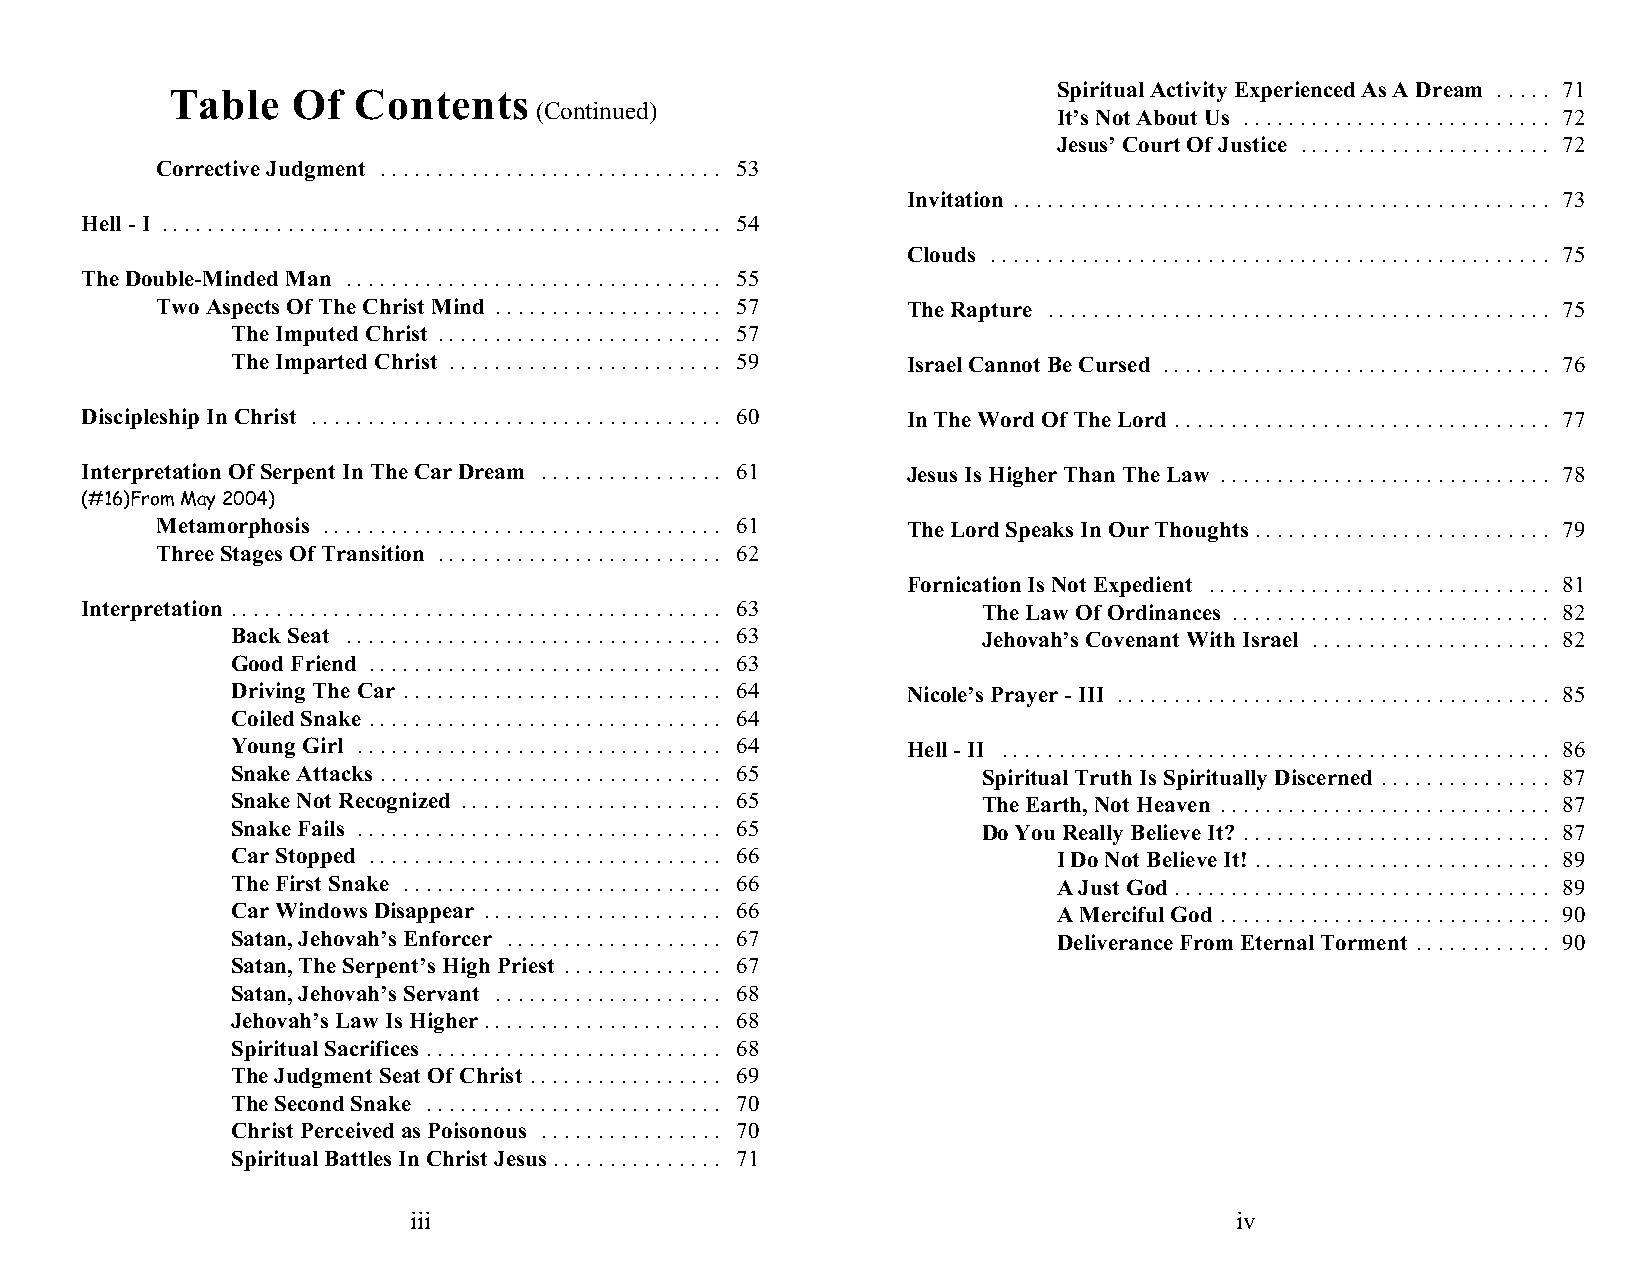
Table   Of  Contents                                       Spiritual Activity Experienced As A Dream ..... 71
 (Continued)
 It’s Not About Us ........................... 72
 Jesus’ Court Of Justice ...................... 72
 Corrective Judgment .............................. 53
 Invitation ............................................... 73
 Hell - I ................................................. 54
 Clouds ................................................. 75
 The Double-Minded Man ................................. 55
 Two Aspects Of The Christ Mind .................... 57 The Rapture ............................................ 75
 The Imputed Christ ......................... 57
 The Imparted Christ ........................ 59 Israel Cannot Be Cursed .................................. 76
 Discipleship In Christ .................................... 60 In The Word Of The Lord ................................. 77
 Interpretation Of Serpent In The Car Dream ................ 61 Jesus Is Higher Than The Law ............................. 78
 (#16)From May 2004)
 Metamorphosis ................................... 61 The Lord Speaks In Our Thoughts .......................... 79
 Three Stages Of Transition ......................... 62
 Fornication Is Not Expedient .............................. 81
 Interpretation ........................................... 63 The Law Of Ordinances ............................ 82
 Back Seat ................................. 63    Jehovah’s Covenant With Israel ..................... 82
 Good Friend ............................... 63
 Driving The Car ............................ 64 Nicole’s Prayer - III ...................................... 85
 Coiled Snake ............................... 64
 Young Girl ................................ 64 Hell - II ................................................ 86
 Snake Attacks .............................. 65   Spiritual Truth Is Spiritually Discerned ............... 87
 Snake Not Recognized ....................... 65   The Earth, Not Heaven ............................. 87
 Snake Fails ................................ 65   Do You Really Believe It? ........................... 87
 Car Stopped ............................... 66         I Do Not Believe It! .......................... 89
 The First Snake ............................ 66        A Just God ................................. 89
 Car Windows Disappear ..................... 66         A Merciful God ............................. 90
 Satan, Jehovah’s Enforcer ................... 67       Deliverance From Eternal Torment ............ 90
 Satan, The Serpent’s High Priest .............. 67
 Satan, Jehovah’s Servant .................... 68
 Jehovah’s Law Is Higher..................... 68
 Spiritual Sacrifices .......................... 68
 The Judgment Seat Of Christ ................. 69
 The Second Snake .......................... 70
 Christ Perceived as Poisonous ................ 70
 Spiritual Battles In Christ Jesus............... 71
 iii                                                    iv